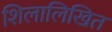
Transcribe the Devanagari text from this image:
शिलालिखित